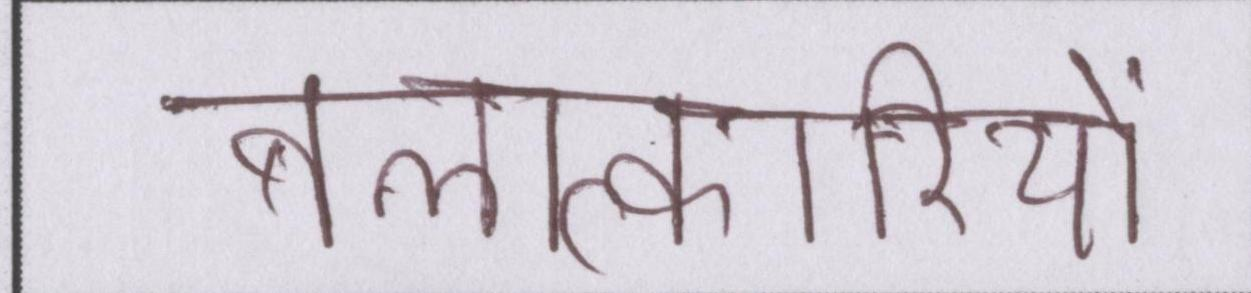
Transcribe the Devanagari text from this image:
बलात्कारियों